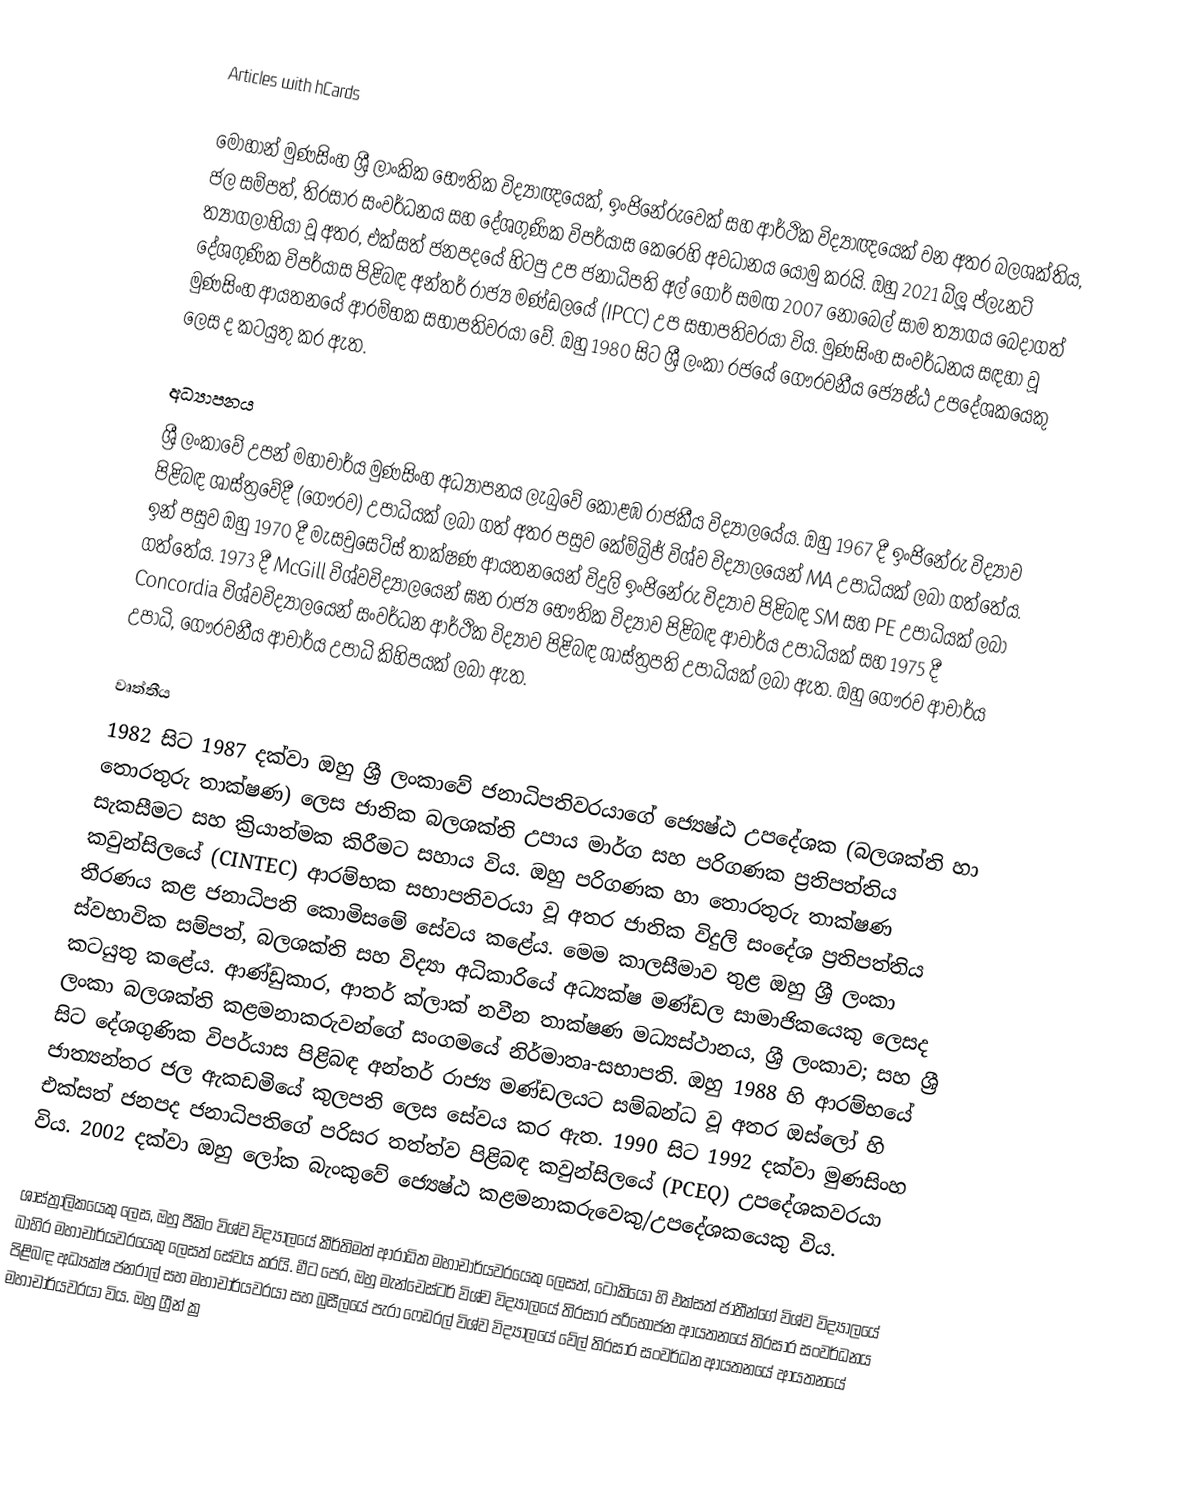
Articles with hCards

මොහාන් මුණසිංහ ශ්‍රී ලාංකික භෞතික විද්‍යාඥයෙක්, ඉංජිනේරුවෙක් සහ ආර්ථික විද්‍යාඥයෙක් වන අතර බලශක්තිය, ජල සම්පත්, තිරසාර සංවර්ධනය සහ දේශගුණික විපර්යාස කෙරෙහි අවධානය යොමු කරයි. ඔහු 2021 බ්ලූ ප්ලැනට් ත්‍යාගලාභියා වූ අතර, එක්සත් ජනපදයේ හිටපු උප ජනාධිපති අල් ගෝර් සමඟ 2007 නොබෙල් සාම ත්‍යාගය බෙදාගත් දේශගුණික විපර්යාස පිළිබඳ අන්තර් රාජ්‍ය මණ්ඩලයේ (IPCC) උප සභාපතිවරයා විය. මුණසිංහ සංවර්ධනය සඳහා වූ මුණසිංහ ආයතනයේ ආරම්භක සභාපතිවරයා වේ. ඔහු 1980 සිට ශ්‍රී ලංකා රජයේ ගෞරවනීය ජ්‍යෙෂ්ඨ උපදේශකයෙකු ලෙස ද කටයුතු කර ඇත.

අධ්‍යාපනය
ශ්‍රී ලංකාවේ උපන් මහාචාර්ය මුණසිංහ අධ්‍යාපනය ලැබුවේ කොළඹ රාජකීය විද්‍යාලයේය. ඔහු 1967 දී ඉංජිනේරු විද්‍යාව පිළිබඳ ශාස්ත්‍රවේදී (ගෞරව) උපාධියක් ලබා ගත් අතර පසුව කේම්බ්‍රිජ් විශ්ව විද්‍යාලයෙන් MA උපාධියක් ලබා ගත්තේය. ඉන් පසුව ඔහු 1970 දී මැසචුසෙට්ස් තාක්ෂණ ආයතනයෙන් විදුලි ඉංජිනේරු විද්‍යාව පිළිබඳ SM සහ PE උපාධියක් ලබා ගත්තේය. 1973 දී McGill විශ්වවිද්‍යාලයෙන් ඝන රාජ්‍ය භෞතික විද්‍යාව පිළිබඳ ආචාර්ය උපාධියක් සහ 1975 දී Concordia විශ්වවිද්‍යාලයෙන් සංවර්ධන ආර්ථික විද්‍යාව පිළිබඳ ශාස්ත්‍රපති උපාධියක් ලබා ඇත. ඔහු ගෞරව ආචාර්ය උපාධි, ගෞරවනීය ආචාර්ය උපාධි කිහිපයක් ලබා ඇත.

වෘත්තීය
1982 සිට 1987 දක්වා ඔහු ශ්‍රී ලංකාවේ ජනාධිපතිවරයාගේ ජ්‍යෙෂ්ඨ උපදේශක (බලශක්ති හා තොරතුරු තාක්ෂණ) ලෙස ජාතික බලශක්ති උපාය මාර්ග සහ පරිගණක ප්‍රතිපත්තිය සැකසීමට සහ ක්‍රියාත්මක කිරීමට සහාය විය. ඔහු පරිගණක හා තොරතුරු තාක්ෂණ කවුන්සිලයේ (CINTEC) ආරම්භක සභාපතිවරයා වූ අතර ජාතික විදුලි සංදේශ ප්‍රතිපත්තිය තීරණය කළ ජනාධිපති කොමිසමේ සේවය කළේය. මෙම කාලසීමාව තුළ ඔහු ශ්‍රී ලංකා ස්වභාවික සම්පත්, බලශක්ති සහ විද්‍යා අධිකාරියේ අධ්‍යක්ෂ මණ්ඩල සාමාජිකයෙකු ලෙසද කටයුතු කළේය. ආණ්ඩුකාර, ආතර් ක්ලාක් නවීන තාක්ෂණ මධ්‍යස්ථානය, ශ්‍රී ලංකාව; සහ ශ්‍රී ලංකා බලශක්ති කළමනාකරුවන්ගේ සංගමයේ නිර්මාතෘ-සභාපති. ඔහු 1988 හි ආරම්භයේ සිට දේශගුණික විපර්යාස පිළිබඳ අන්තර් රාජ්‍ය මණ්ඩලයට සම්බන්ධ වූ අතර ඔස්ලෝ හි ජාත්‍යන්තර ජල ඇකඩමියේ කුලපති ලෙස සේවය කර ඇත. 1990 සිට 1992 දක්වා මුණසිංහ එක්සත් ජනපද ජනාධිපතිගේ පරිසර තත්ත්ව පිළිබඳ කවුන්සිලයේ (PCEQ) උපදේශකවරයා විය. 2002 දක්වා ඔහු ලෝක බැංකුවේ ජ්‍යෙෂ්ඨ කළමනාකරුවෙකු/උපදේශකයෙකු විය.

ශාස්ත්‍රාලිකයෙකු ලෙස, ඔහු පීකිං විශ්ව විද්‍යාලයේ කීර්තිමත් ආරාධිත මහාචාර්යවරයෙකු ලෙසත්, ටෝකියෝ හි එක්සත් ජාතීන්ගේ විශ්ව විද්‍යාලයේ බාහිර මහාචාර්යවරයෙකු ලෙසත් සේවය කරයි. මීට පෙර, ඔහු මැන්චෙස්ටර් විශ්ව විද්‍යාලයේ තිරසාර පරිභෝජන ආයතනයේ තිරසාර සංවර්ධනය පිළිබඳ අධ්‍යක්ෂ ජනරාල් සහ මහාචාර්යවරයා සහ බ්‍රසීලයේ පැරා ෆෙඩරල් විශ්ව විද්‍යාලයේ වේල් තිරසාර සංවර්ධන ආයතනයේ ආයතනයේ මහාචාර්යවරයා විය. ඔහු ග්‍රීන් ක්‍ර